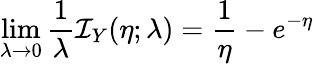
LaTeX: \operatorname*{lim}_{\lambda\to 0}\frac{1}{\lambda}{\mathcal{I}_{Y}(\eta;\lambda)}=\frac{1}{\eta}-e^{-\eta}